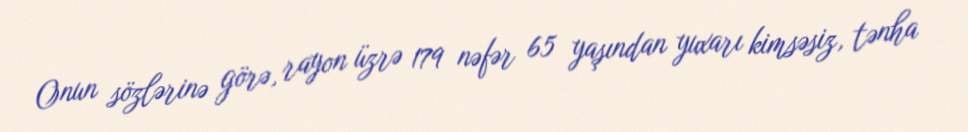
Onun sözlərinə görə, rayon üzrə 179 nəfər 65 yaşından yuxarı kimsəsiz, tənha